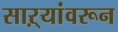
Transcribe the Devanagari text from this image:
साऱ्यांवरून